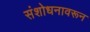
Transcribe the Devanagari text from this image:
संशोधनावरून